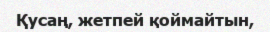
Қусаң, жетпей қоймайтын,